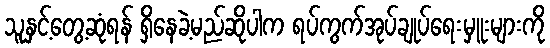
သူနှင့်တွေ့ဆုံရန် ရှိနေခဲ့မည်ဆိုပါက ရပ်ကွက်အုပ်ချုပ်ရေးမှူးများကို